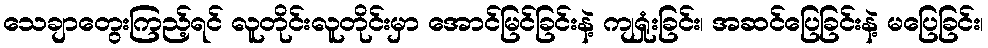
သေချာတွေးကြည့်ရင် လူတိုင်းလူတိုင်းမှာ အောင်မြင်ခြင်းနဲ့ ကျရှုံးခြင်း၊ အဆင်ပြေခြင်းနဲ့ မပြေခြင်း၊